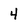
Character: 4